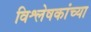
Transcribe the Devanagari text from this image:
विश्लेषकांच्या